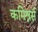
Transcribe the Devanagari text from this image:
कमिश्नर्स